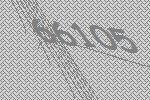
66105